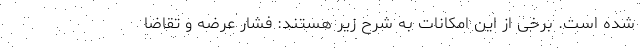
شده است. برخی از این امکانات به شرح زیر هستند: فشار عرضه و تقاضا